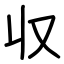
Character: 収